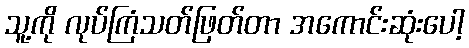
သူ့ကို လုပ်ကြံသတ်ဖြတ်တာ အကောင်းဆုံးပေါ့